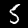
Digit: 5